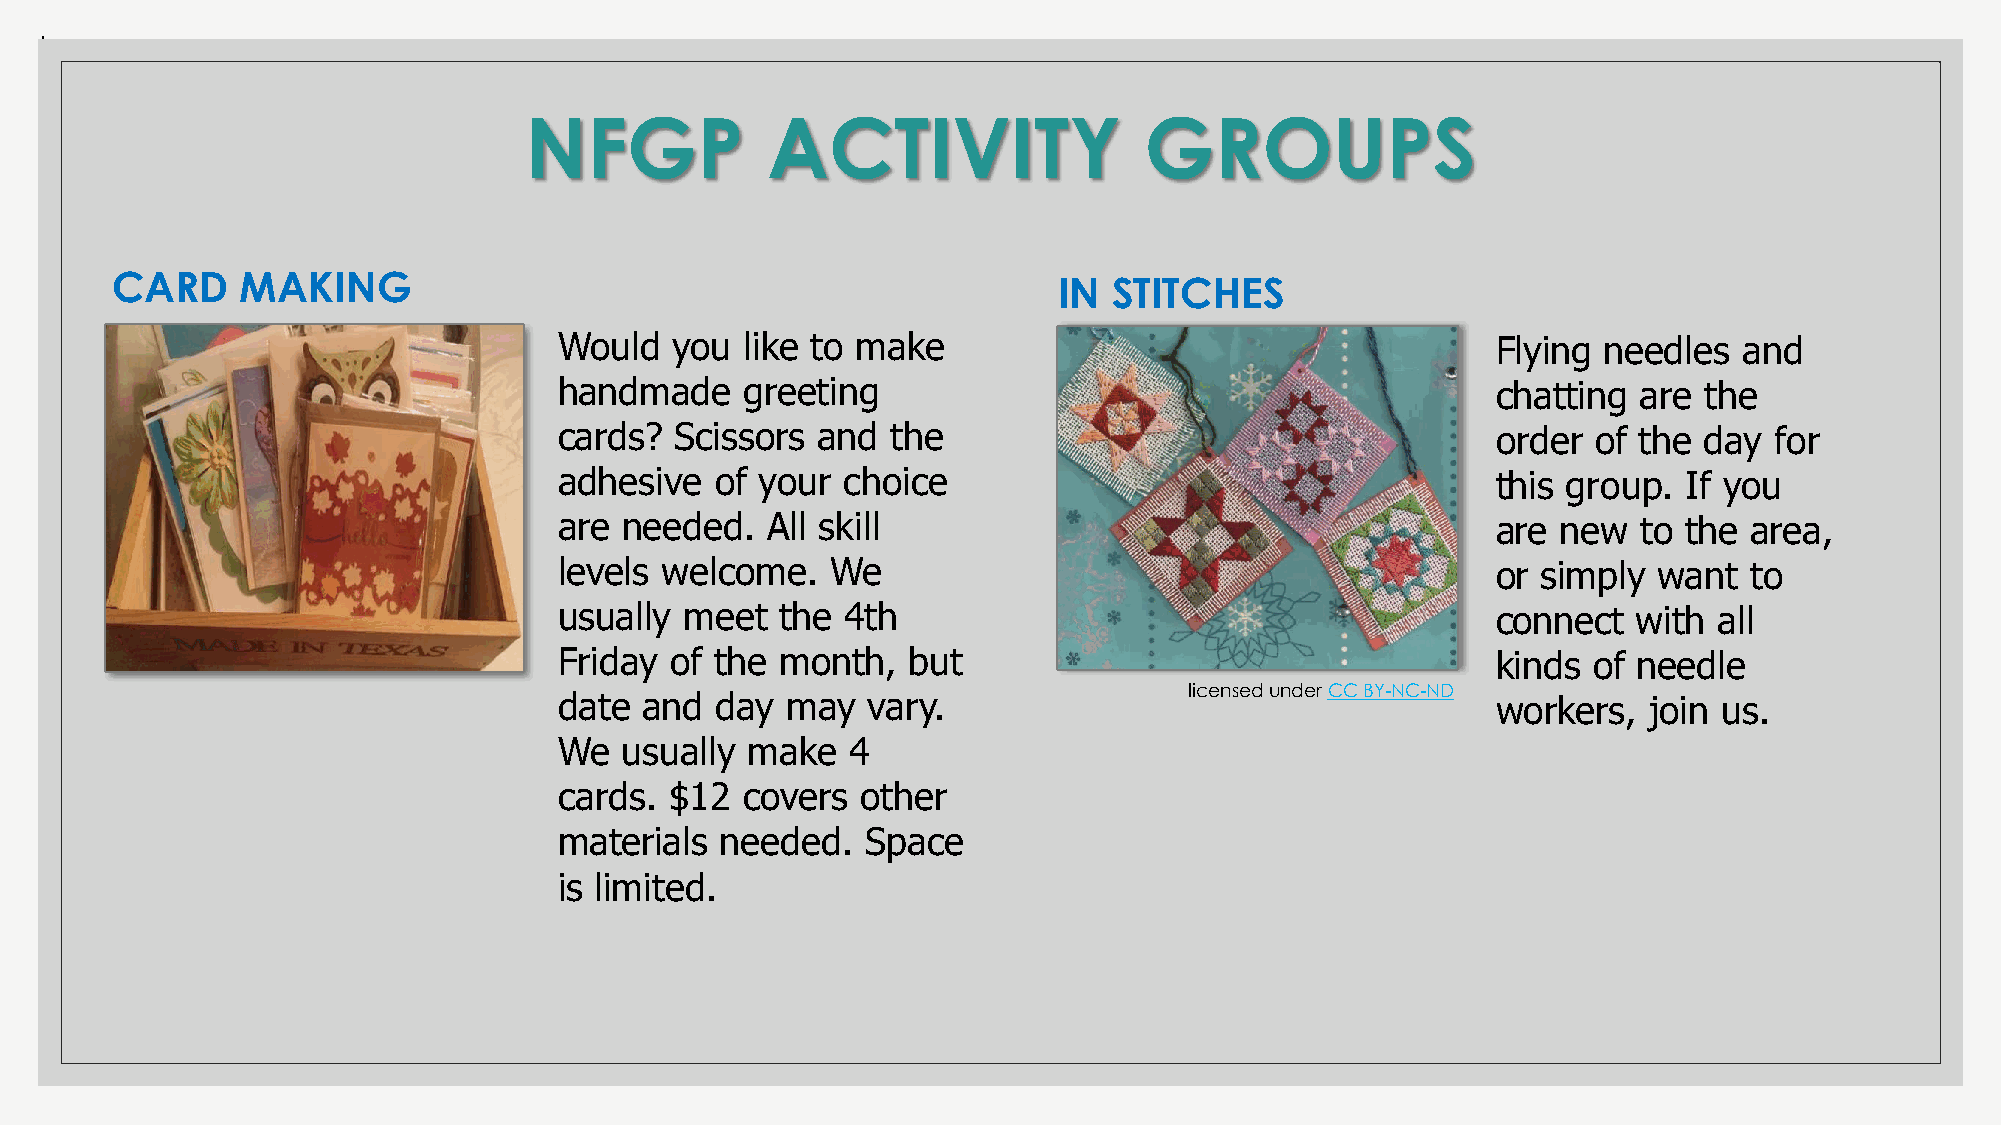
.
 NFGP            ACTIVITY                 GROUPS
 CARD     MAKING                                                IN  STITCHES
 Would   you like to make                                      Flying needles  and
 handmade    greeting                                          chatting  are the
 cards?  Scissors and  the                                     order  of the day for
 adhesive  of your  choice                                     this group. If you
 are needed.   All skill                                       are new   to the area,
 levels welcome.   We                                          or simply  want  to
 usually meet   the 4th                                        connect  with  all
 Friday of the  month,  but                                    kinds of needle
 licensed under CC BY-NC-ND
 date  and day  may  vary.                                     workers,  join us.
 We  usually make   4
 cards. $12  covers  other
 materials  needed.  Space
 is limited.